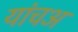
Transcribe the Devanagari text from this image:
यांचअ